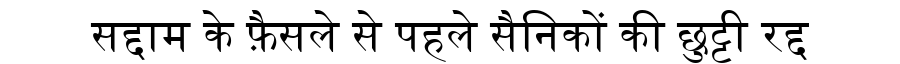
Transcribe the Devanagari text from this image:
सद्दाम के फ़ैसले से पहले सैनिकों की छुट्टी रद्द